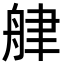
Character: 𦨱